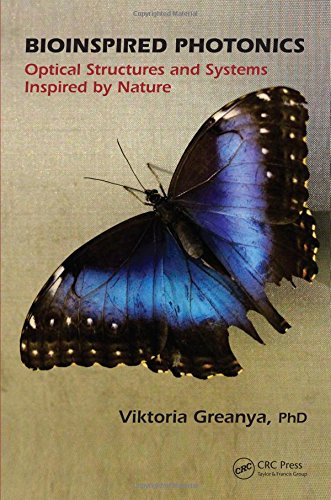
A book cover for Bioinspired Photonics: Optical Structures and Systems Inspired by Nature; Viktoria Greanya; Science & Math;